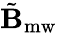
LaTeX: \tilde{\mathbf{B}}_{\mathrm{mw}}